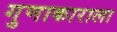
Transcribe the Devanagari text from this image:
गुणाकाराला